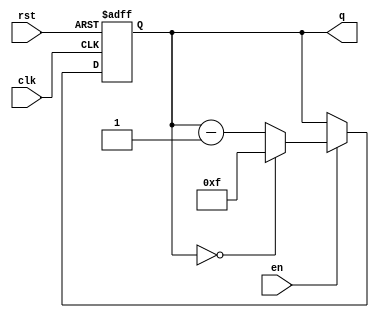
module binary_down_counter #(
    parameter N = 4  // Parameter for the width of the counter (default is 4 bits)
)(
    input wire clk,    // Clock signal
    input wire rst,    // Asynchronous reset signal
    input wire en,     // Enable signal
    output reg [N-1:0] q // N-bit output for the current count value
);

    // Maximum value for an N-bit counter
    localparam MAX_COUNT = (1 << N) - 1;

    // Always block triggered on the rising edge of the clock
    always @(posedge clk or posedge rst) begin
        if (rst) begin
            // Reset the counter to maximum value
            q <= MAX_COUNT;
        end else if (en) begin
            // Decrement the counter
            if (q == 0) begin
                // Wrap around to maximum value if current count is zero
                q <= MAX_COUNT;
            end else begin
                // Decrement the counter value
                q <= q - 1;
            end
        end
        // If enable is not asserted, the counter retains its value
    end

endmodule